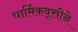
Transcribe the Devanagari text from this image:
धार्मिकवृत्तीने